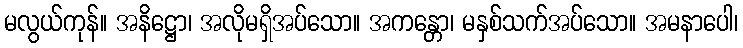
မလွယ်ကုန်။ အနိဋ္ဌော၊ အလိုမရှိအပ်သော။ အကန္တော၊ မနှစ်သက်အပ်သော။ အမနာပေါ၊